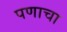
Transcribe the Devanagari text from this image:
पणाचा